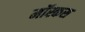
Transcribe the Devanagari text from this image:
मॉस्कस